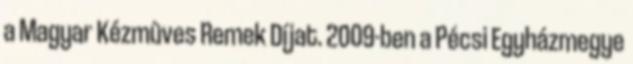
a Magyar Kézmûves Remek Díjat. 2009-ben a Pécsi Egyházmegye